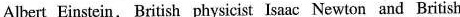
Albert Einstein, British physicist Isaac Newton and British